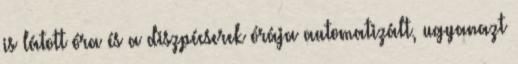
is látott óra és a diszpécserek órája automatizált, ugyanazt